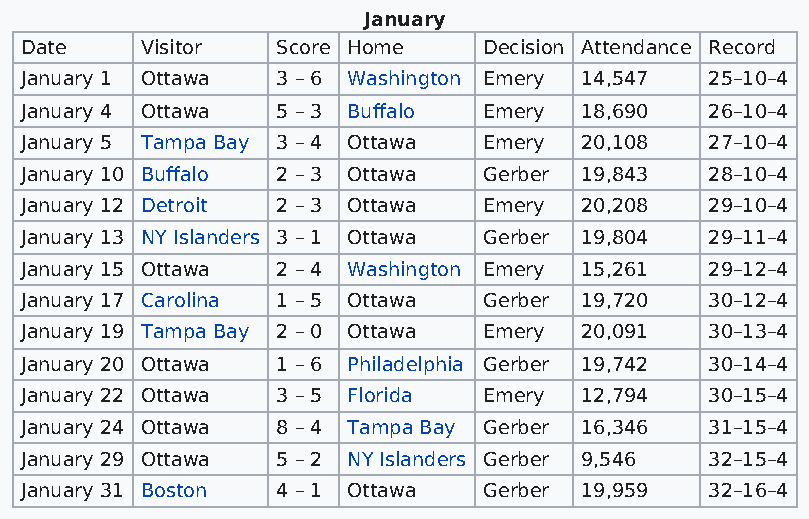
January
 Date    Visitor  Score Home    Decision Attendance Record
 January 1 Ottawa 3 – 6 Washington Emery 14,547 25–10–4
 January 4 Ottawa 5 – 3 Buffalo Emery 18,690   26–10–4
 January 5 Tampa Bay 3 – 4 Ottawa Emery 20,108 27–10–4
 January 10 Buffalo 2 – 3 Ottawa Gerber 19,843 28–10–4
 January 12 Detroit 2 – 3 Ottawa Emery 20,208  29–10–4
 January 13 NY Islanders 3 – 1 Ottawa Gerber 19,804 29–11–4
 January 15 Ottawa 2 – 4 Washington Emery 15,261 29–12–4
 January 17 Carolina 1 – 5 Ottawa Gerber 19,720 30–12–4
 January 19 Tampa Bay 2 – 0 Ottawa Emery 20,091 30–13–4
 January 20 Ottawa 1 – 6 Philadelphia Gerber 19,742 30–14–4
 January 22 Ottawa 3 – 5 Florida Emery 12,794  30–15–4
 January 24 Ottawa 8 – 4 Tampa Bay Gerber 16,346 31–15–4
 January 29 Ottawa 5 – 2 NY Islanders Gerber 9,546 32–15–4
 January 31 Boston 4 – 1 Ottawa Gerber 19,959  32–16–4